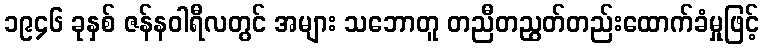
၁၉၄၆ ခုနှစ် ဇန်နဝါရီလတွင် အများ သဘောတူ တညီတညွတ်တည်းထောက်ခံမှုဖြင့်